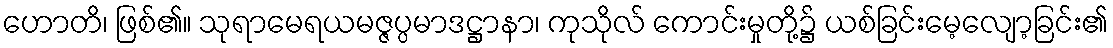
ဟောတိ၊ ဖြစ်၏။ သုရာမေရယမဇ္ဇပ္ပမာဒဋ္ဌာနာ၊ ကုသိုလ် ကောင်းမှုတို့၌ ယစ်ခြင်းမေ့လျော့ခြင်း၏